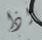
اذا